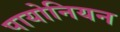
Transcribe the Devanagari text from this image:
पायोनियन